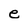
Character: e